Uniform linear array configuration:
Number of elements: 4
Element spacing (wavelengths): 0.75
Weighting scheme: cosine
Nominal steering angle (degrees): -45
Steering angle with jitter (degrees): -46.932
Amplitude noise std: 0.05
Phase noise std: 0.05

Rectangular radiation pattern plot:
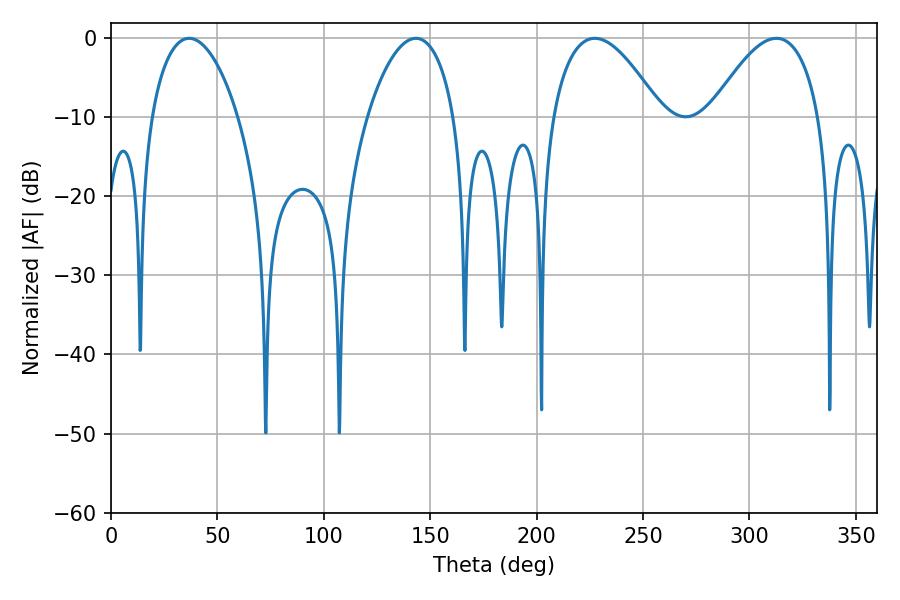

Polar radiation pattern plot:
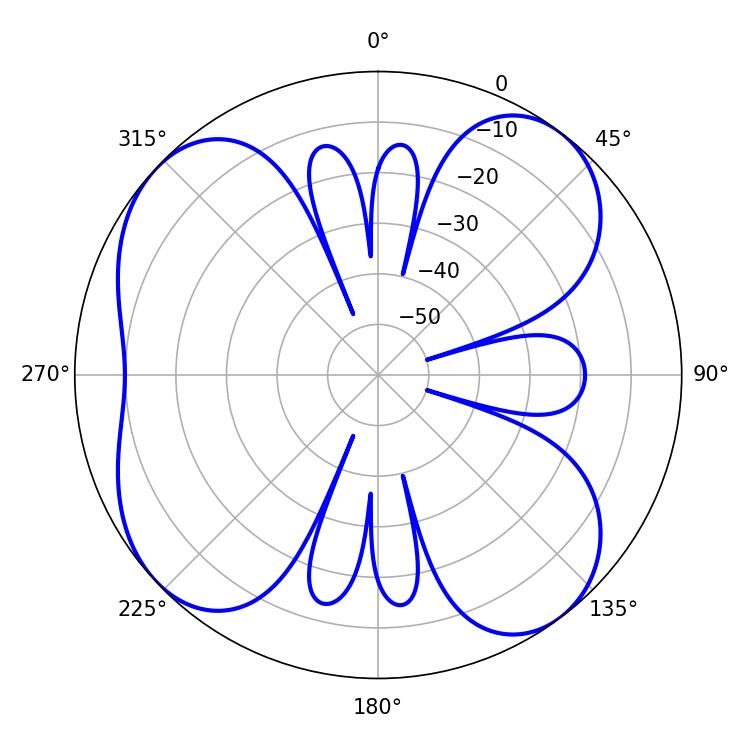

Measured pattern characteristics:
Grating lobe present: TRUE
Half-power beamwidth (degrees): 28.08
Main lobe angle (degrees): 227.34